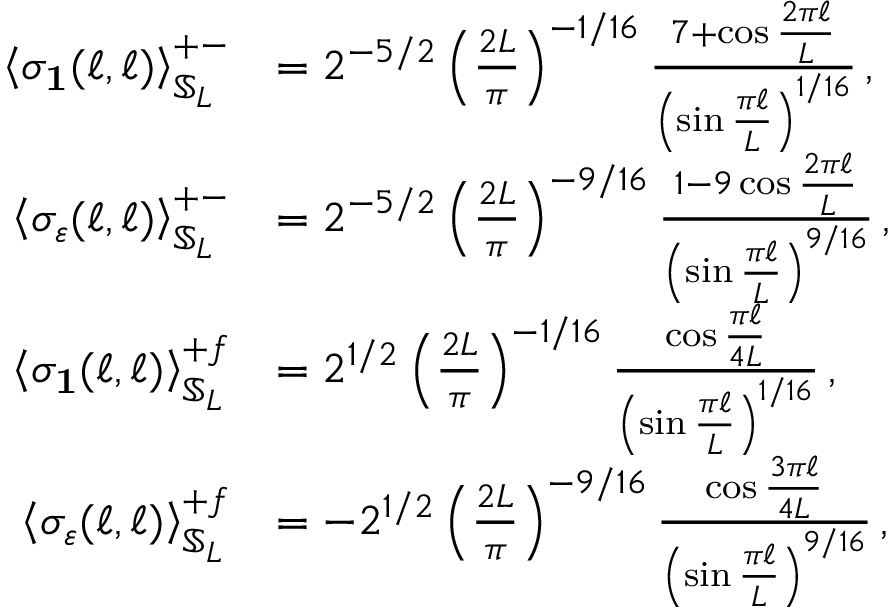
\begin{array} { r l } { \left\langle \sigma _ { \mathbf { 1 } } ( \ell , \ell ) \right\rangle _ { \mathbb { S } _ { L } } ^ { + - } } & { = 2 ^ { - 5 / 2 } \left( \frac { 2 L } { \pi } \right) ^ { - 1 / 1 6 } \frac { 7 + \cos { \frac { 2 \pi \ell } { L } } } { \left( \sin \frac { \pi \ell } { L } \right) ^ { 1 / 1 6 } } \, , } \\ { \left\langle \sigma _ { \varepsilon } ( \ell , \ell ) \right\rangle _ { \mathbb { S } _ { L } } ^ { + - } } & { = 2 ^ { - 5 / 2 } \left( \frac { 2 L } { \pi } \right) ^ { - 9 / 1 6 } \frac { 1 - 9 \cos { \frac { 2 \pi \ell } { L } } } { \left( \sin \frac { \pi \ell } { L } \right) ^ { 9 / 1 6 } } \, , } \\ { \left\langle \sigma _ { \mathbf { 1 } } ( \ell , \ell ) \right\rangle _ { \mathbb { S } _ { L } } ^ { + f } } & { = 2 ^ { 1 / 2 } \left( \frac { 2 L } { \pi } \right) ^ { - 1 / 1 6 } \frac { \cos { \frac { \pi \ell } { 4 L } } } { \left( \sin \frac { \pi \ell } { L } \right) ^ { 1 / 1 6 } } \, , } \\ { \left\langle \sigma _ { \varepsilon } ( \ell , \ell ) \right\rangle _ { \mathbb { S } _ { L } } ^ { + f } } & { = - 2 ^ { 1 / 2 } \left( \frac { 2 L } { \pi } \right) ^ { - 9 / 1 6 } \frac { \cos { \frac { 3 \pi \ell } { 4 L } } } { \left( \sin \frac { \pi \ell } { L } \right) ^ { 9 / 1 6 } } \, , } \end{array}